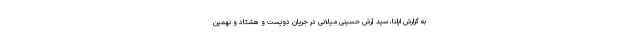
به گزارش ایلنا، سید آرش حسینی میلانی در جریان دویست و هشتاد و نهمین